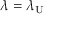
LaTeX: \lambda = \lambda _ { \mathrm { U } }